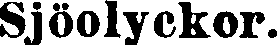
Sjöolyckor.